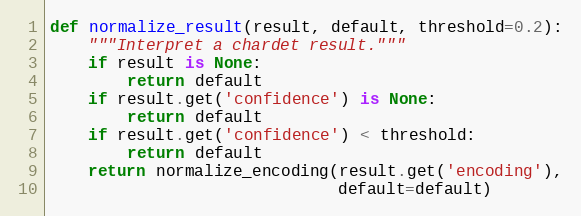
Language: Python
def normalize_result(result, default, threshold=0.2):
    """Interpret a chardet result."""
    if result is None:
        return default
    if result.get('confidence') is None:
        return default
    if result.get('confidence') < threshold:
        return default
    return normalize_encoding(result.get('encoding'),
                              default=default)